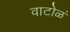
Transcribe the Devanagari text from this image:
वाटोळं